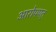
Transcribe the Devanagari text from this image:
आरोपपत्